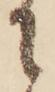
に